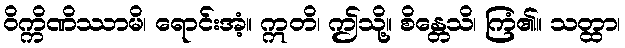
ဝိက္ကိဏိဿာမိ၊ ရောင်းအံ့။ ဣတိ၊ ဤသို့။ စိန္တေသိ၊ ကြံ၏။ သတ္ထာ၊